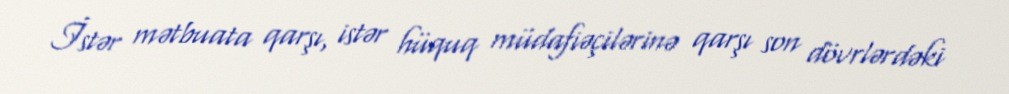
İstər mətbuata qarşı, istər hüquq müdafiəçilərinə qarşı son dövrlərdəki